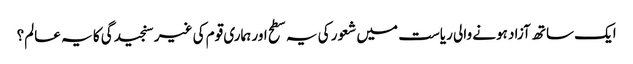
ایک ساتھ آزاد ہونے والی ریاست میں شعور کی یہ سطح اور ہماری قوم کی غیر سنجیدگی کا یہ عالم؟